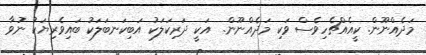
މަދެއްނޫން. ކީއެއްޗެހިވެސް ވަކި މަދެއްނޫން.  އަކީ ދަރިކަލަކު އަބިކަނބަލަކު ބައިވެރިޔަކު ނުވާ